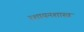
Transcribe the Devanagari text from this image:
रशायनशास्त्र